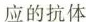
应的抗体